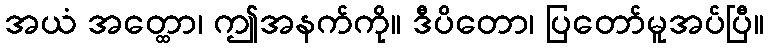
အယံ အတ္ထော၊ ဤအနက်ကို။ ဒီပိတော၊ ပြတော်မူအပ်ပြီ။